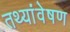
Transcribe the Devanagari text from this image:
तथ्यांवेषण